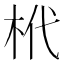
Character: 㭖